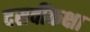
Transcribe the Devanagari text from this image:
दसवींकक्षा